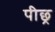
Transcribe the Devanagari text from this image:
पीछ्र